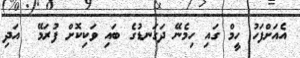
އެއަށްފަހު ހީމް ގައި ހިމެނޭ ދަގަނޑުގެ ބައި ވަކިކޮށް ފުރަމޭ  އަދި